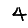
Digit: 4